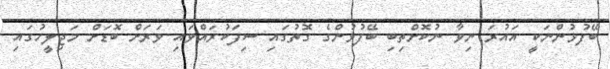
ބޭފުޅުންނަކީ އައުރަ ނިވާ ނުކޮށްތިބި ބޭފުޅުންގެ ގޮތުގައި ސިފަކުރައްވައި ވަރަށް ބޮޑަށް މަޖިލީހުގައި